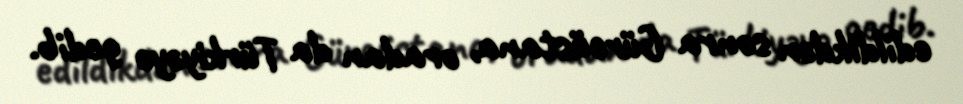
edildikdən sonra Gürcüstana, oradan da Türkiyəyə gedib.